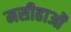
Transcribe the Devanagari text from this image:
मसीहाओं